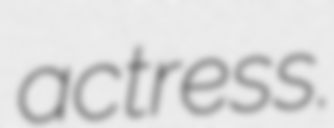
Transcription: actress.